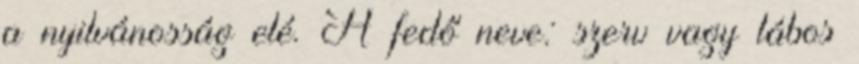
a nyilvánosság elé. A fedő neve: szerv vagy lábos